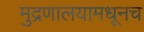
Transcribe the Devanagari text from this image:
मुद्रणालयामधूनच